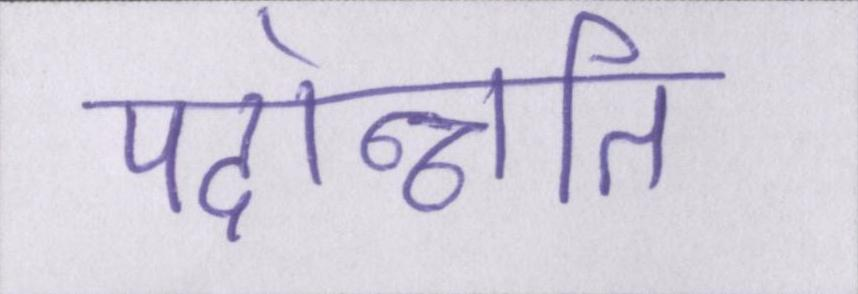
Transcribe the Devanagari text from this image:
पदोन्नति